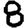
Digit: 8